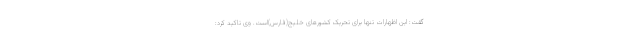
گفت: این اظهارات تنها برای تحریک کشورهای خلیج(فارس)است. وی تاکید کرد: